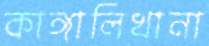
কাঙ্গালিখানা